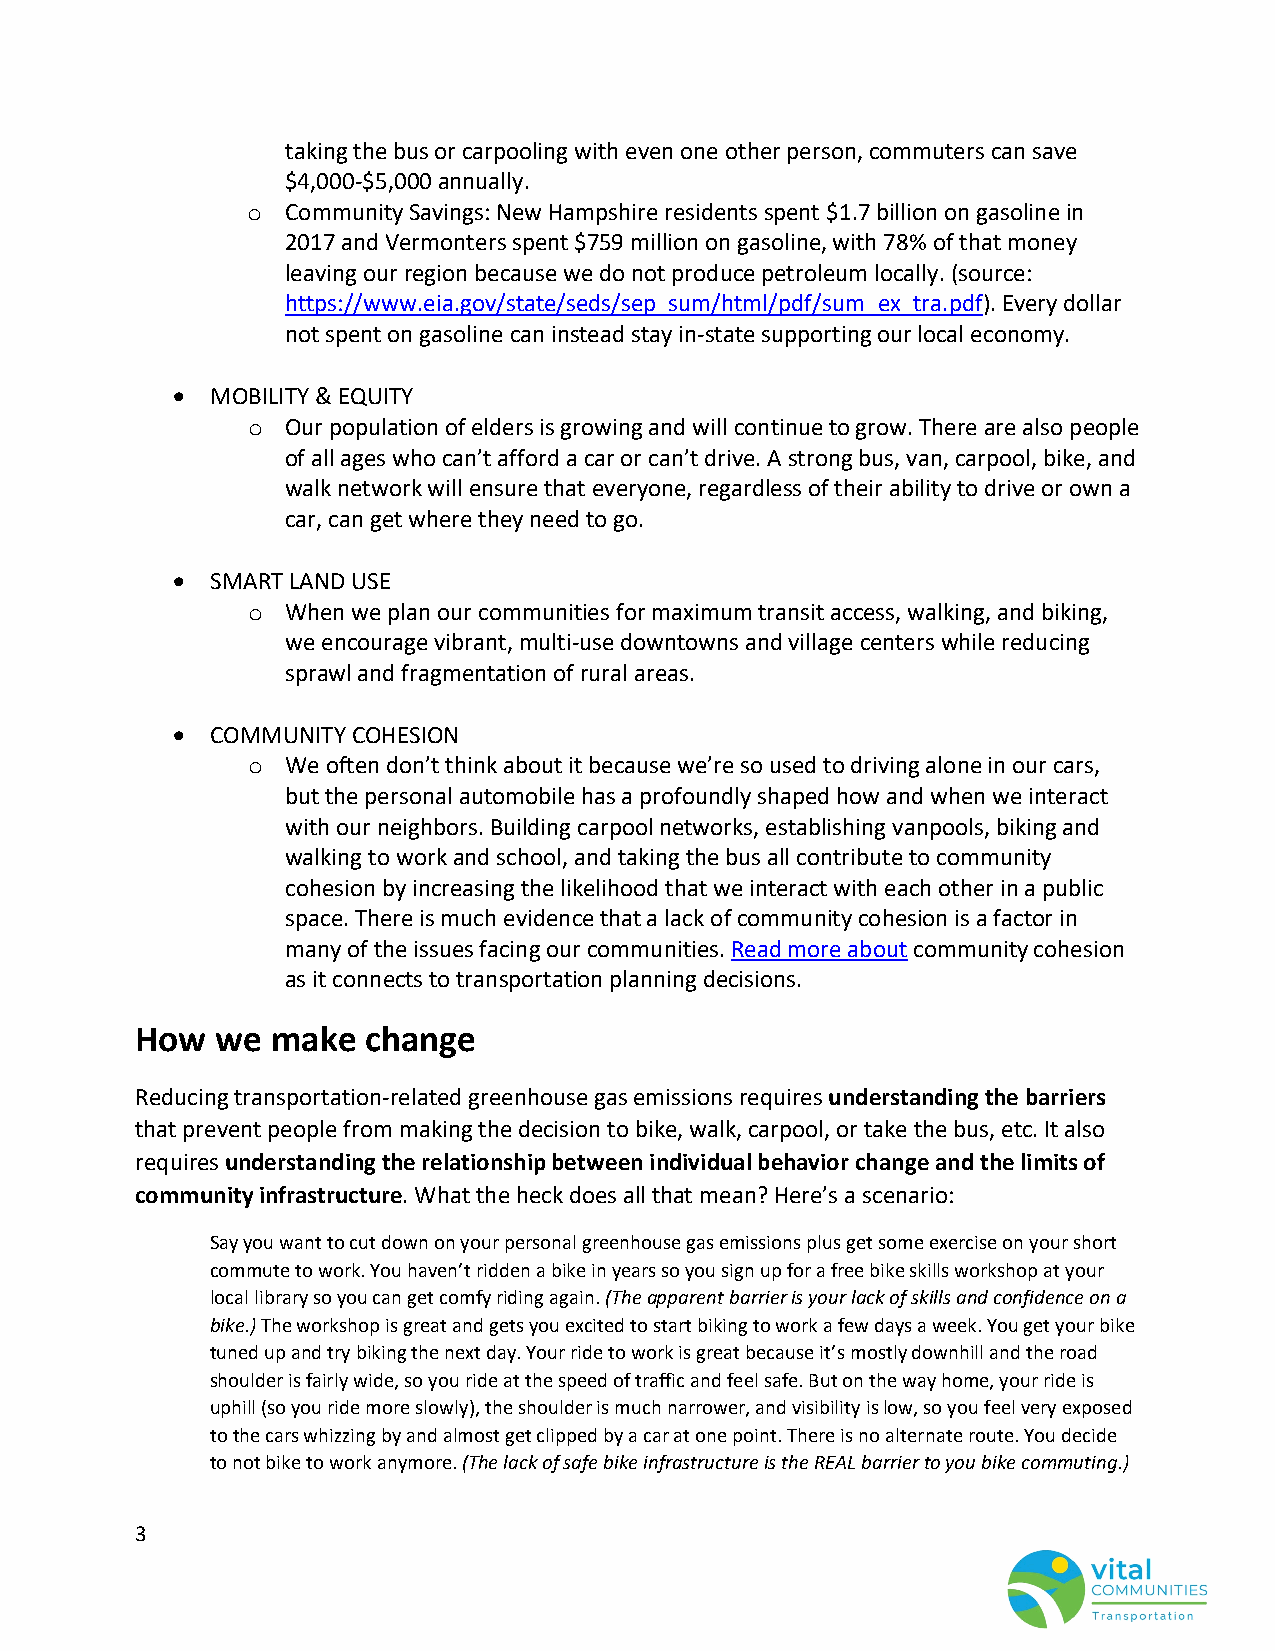
taking the bus or carpooling with even one other person, commuters can save
 $4,000-$5,000 annually.
 o  Community Savings: New Hampshire residents spent $1.7 billion on gasoline in
 2017 and Vermonters spent $759 million on gasoline, with 78% of that money
 leaving our region because we do not produce petroleum locally. (source:
 https://www.eia.gov/state/seds/sep_sum/html/pdf/sum_ex_tra.pdf). Every dollar
 not spent on gasoline can instead stay in-state supporting our local economy.
 •  MOBILITY & EQUITY
 o  Our population of elders is growing and will continue to grow. There are also people
 of all ages who can’t afford a car or can’t drive. A strong bus, van, carpool, bike, and
 walk network will ensure that everyone, regardless of their ability to drive or own a
 car, can get where they need to go.
 •  SMART LAND USE
 o  When we plan our communities for maximum transit access, walking, and biking,
 we encourage vibrant, multi-use downtowns and village centers while reducing
 sprawl and fragmentation of rural areas.
 •  COMMUNITY COHESION
 o  We often don’t think about it because we’re so used to driving alone in our cars,
 but the personal automobile has a profoundly shaped how and when we interact
 with our neighbors. Building carpool networks, establishing vanpools, biking and
 walking to work and school, and taking the bus all contribute to community
 cohesion by increasing the likelihood that we interact with each other in a public
 space. There is much evidence that a lack of community cohesion is a factor in
 many of the issues facing our communities. Read more about community cohesion
 as it connects to transportation planning decisions.
 How  we  make  change
 Reducing transportation-related greenhouse gas emissions requires understanding the barriers
 that prevent people from making the decision to bike, walk, carpool, or take the bus, etc. It also
 requires understanding the relationship between individual behavior change and the limits of
 community infrastructure. What the heck does all that mean? Here’s a scenario:
 Say you want to cut down on your personal greenhouse gas emissions plus get some exercise on your short
 commute to work. You haven’t ridden a bike in years so you sign up for a free bike skills workshop at your
 local library so you can get comfy riding again. (The apparent barrier is your lack of skills and confidence on a
 bike.) The workshop is great and gets you excited to start biking to work a few days a week. You get your bike
 tuned up and try biking the next day. Your ride to work is great because it’s mostly downhill and the road
 shoulder is fairly wide, so you ride at the speed of traffic and feel safe. But on the way home, your ride is
 uphill (so you ride more slowly), the shoulder is much narrower, and visibility is low, so you feel very exposed
 to the cars whizzing by and almost get clipped by a car at one point. There is no alternate route. You decide
 to not bike to work anymore. (The lack of safe bike infrastructure is the REAL barrier to you bike commuting.)
 3